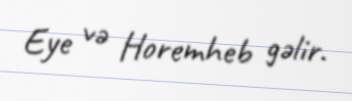
Eye və Horemheb gəlir.